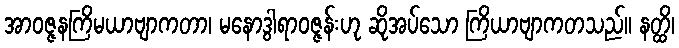
အာဝဇ္ဇနကြိမယာဗျာကတာ၊ မနောဒွါရာဝဇ္ဇန်းဟု ဆိုအပ်သော ကြိယာဗျာကတသည်။ နတ္ထိ၊